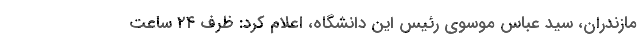
مازندران، سید عباس موسوی رئیس این دانشگاه، اعلام کرد: ظرف ۲۴ ساعت